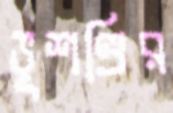
ভূশণ্ডির